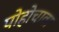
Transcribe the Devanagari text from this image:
पोहोचावा